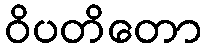
ဝိပတိတော